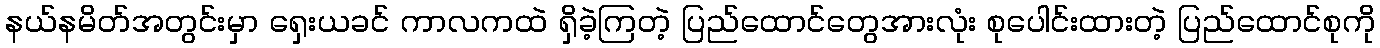
နယ်နမိတ်အတွင်းမှာ ရှေးယခင် ကာလကထဲ ရှိခဲ့ကြတဲ့ ပြည်ထောင်တွေအားလုံး စုပေါင်းထားတဲ့ ပြည်ထောင်စုကို